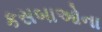
કસબાઓના